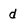
Character: d